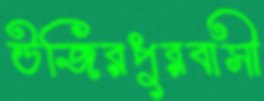
উজিরপুরবাসী